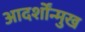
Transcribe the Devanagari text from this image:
आदर्शोंन्मुख